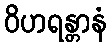
ဝိဟရန္တာနံ